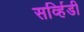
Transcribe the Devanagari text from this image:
सर्व्हिडी